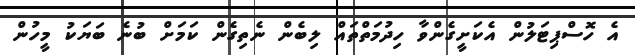
އެ ހޮސްޕިޓަލުން އެކަށީގެންވާ ހިދުމަތްތައް ލިބެން ނެތިގެން ކަމަށް ބުނެ ބަޔަކު މީހުން